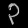
Digit: ၃